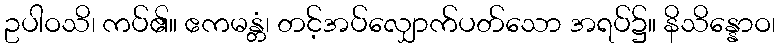
ဥပါဝသိ၊ ကပ်၏။ ဧကမန္တံ၊ တင့်အပ်လျှောက်ပတ်သော အရပ်၌။ နိသိန္နောဝ၊